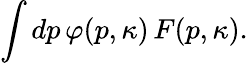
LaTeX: \int dp\, \varphi(p,\kappa)\, F(p,\kappa).